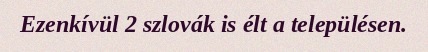
Ezenkívül 2 szlovák is élt a településen.